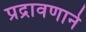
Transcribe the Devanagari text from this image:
प्रद्रावणाने